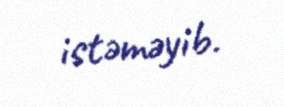
istəməyib.